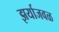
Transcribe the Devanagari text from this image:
झर्याजवळ